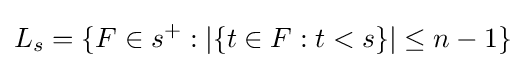
L_{s}=\{F\in s^{+}:|\{t\in F:t<s\}|\leq n-1\}